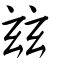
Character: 玆